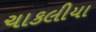
ચાકલીયા